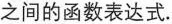
之间的函数表达式.